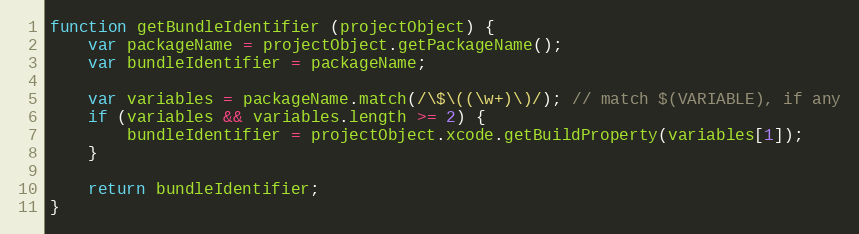
Language: JavaScript
function getBundleIdentifier (projectObject) {
    var packageName = projectObject.getPackageName();
    var bundleIdentifier = packageName;

    var variables = packageName.match(/\$\((\w+)\)/); // match $(VARIABLE), if any
    if (variables && variables.length >= 2) {
        bundleIdentifier = projectObject.xcode.getBuildProperty(variables[1]);
    }

    return bundleIdentifier;
}